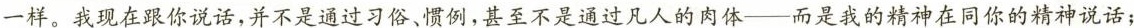
一样。我现在跟你说话，并不是通过习俗、惯例，甚至不是通过凡人的肉体——而是我的精神在同你的精神说话；